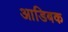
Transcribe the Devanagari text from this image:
आडिबक